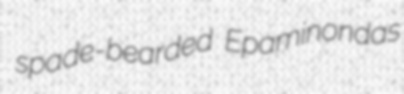
spade-bearded Epaminondas